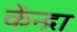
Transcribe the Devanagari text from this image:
केंन्द्रा